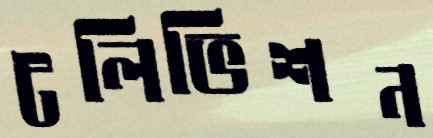
টলিভিশন